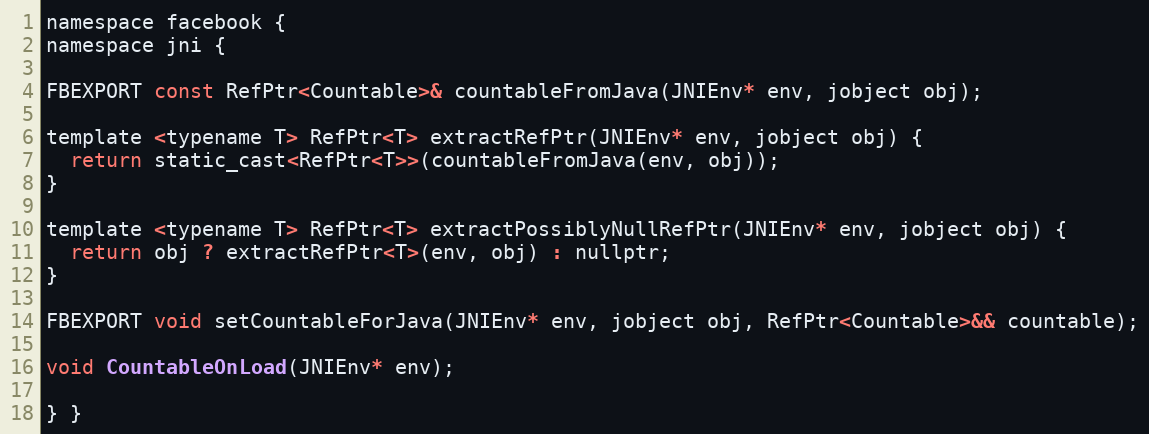
Language: C
namespace facebook {
namespace jni {

FBEXPORT const RefPtr<Countable>& countableFromJava(JNIEnv* env, jobject obj);

template <typename T> RefPtr<T> extractRefPtr(JNIEnv* env, jobject obj) {
  return static_cast<RefPtr<T>>(countableFromJava(env, obj));
}

template <typename T> RefPtr<T> extractPossiblyNullRefPtr(JNIEnv* env, jobject obj) {
  return obj ? extractRefPtr<T>(env, obj) : nullptr;
}

FBEXPORT void setCountableForJava(JNIEnv* env, jobject obj, RefPtr<Countable>&& countable);

void CountableOnLoad(JNIEnv* env);

} }